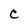
Character: C